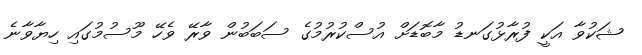
ޝަކުވާ އަކީ ފުރާޅުގަނޑު މާބޮޑަށް އުސްކުރުމުގެ ސަބަބުން ވާރޭ ވެހޭ މޫސުމުގައި ހިޔާވާނެ